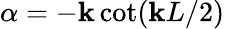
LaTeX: \alpha=-\mathbf{k}\cot(\mathbf{k}L/2)